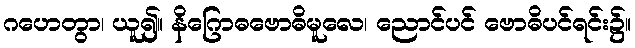
ဂဟေတွာ၊ ယူ၍။ နိဂြောဓဗောဓိမူလေ၊ ညောင်ပင် ဗောဓိပင်ရင်း၌။